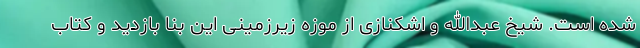
شده است. شیخ عبدالله و اشکنازی از موزه زیرزمینی این بنا بازدید و کتاب